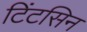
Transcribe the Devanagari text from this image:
टिंटसिन